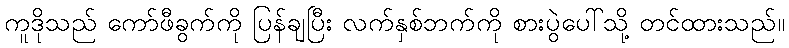
ကူဒိုသည် ကော်ဖီခွက်ကို ပြန်ချပြီး လက်နှစ်ဘက်ကို စားပွဲပေါ်သို့ တင်ထားသည်။